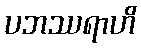
ပဘဿရာဟိ